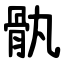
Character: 骫